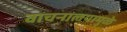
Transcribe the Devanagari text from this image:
वाचनालयामुळे